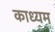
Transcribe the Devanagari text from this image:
काध्यम